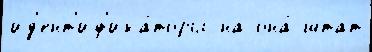
ид'ент'иф'ика́торы на она́ штат